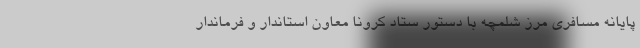
پایانه مسافری مرز شلمچه با دستور ستاد کرونا معاون استاندار و فرماندار